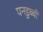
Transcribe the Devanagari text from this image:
पनडुब्‍बी